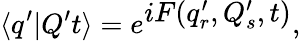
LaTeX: \langle q^{\prime}|Q^{\prime}t\rangle=e^{\textstyle{iF(q_{r}^{\prime},Q_{s}^{\prime},t)}},